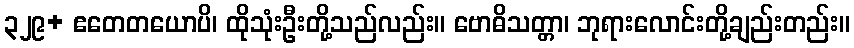
၃၂၉+ ဧတေတယောပိ၊ ထိုသုံးဦးတို့သည်လည်း။ ဗောဓိသတ္တာ၊ ဘုရားလောင်းတို့ချည်းတည်း။